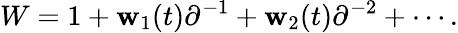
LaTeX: W=1+\mathbf{w}_{1}(t)\partial^{-1}+\mathbf{w}_{2}(t)\partial^{-2}+\cdots.